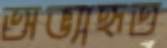
অভ্যাহৃত